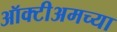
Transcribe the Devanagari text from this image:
ऑक्टीअमच्या